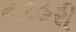
નરહરી